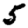
Digit: 5